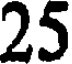
25